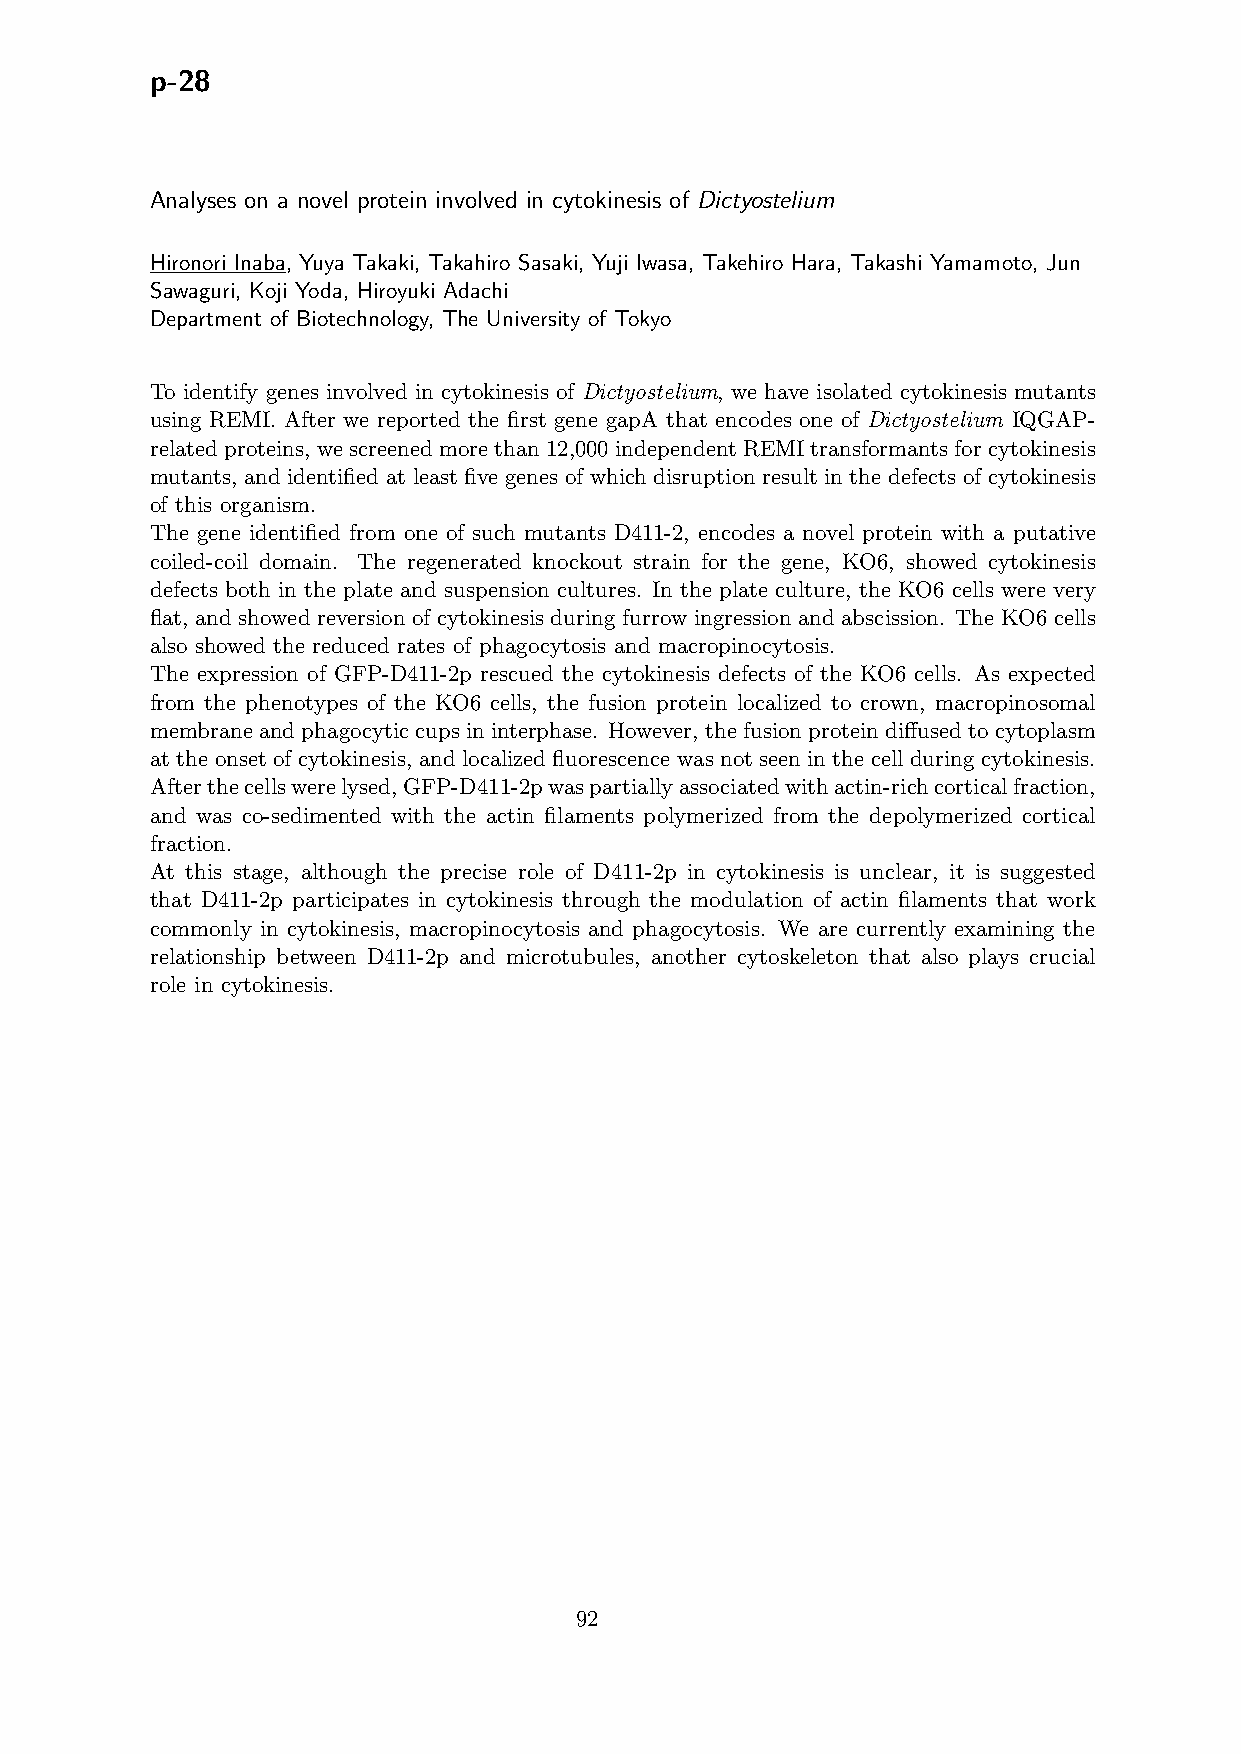
p-28
 Analyses on a novel protein involved in cytokinesis of Dictyostelium
 Hironori Inaba, Yuya Takaki, Takahiro Sasaki, Yuji Iwasa, Takehiro Hara, Takashi Yamamoto, Jun
 Sawaguri, Koji Yoda, Hiroyuki Adachi
 Department of Biotechnology, The University of Tokyo
 To identify genes involved in cytokinesis of Dictyostelium, we have isolated cytokinesis mutants
 using REMI. After we reported the first gene gapA that encodes one of Dictyostelium IQGAP-
 relatedproteins, wescreenedmorethan12,000independentREMItransformantsforcytokinesis
 mutants, and identified at least five genes of which disruption result in the defects of cytokinesis
 of this organism.
 The gene identified from one of such mutants D411-2, encodes a novel protein with a putative
 coiled-coil domain. The regenerated knockout strain for the gene, KO6, showed cytokinesis
 defects both in the plate and suspension cultures. In the plate culture, the KO6 cells were very
 flat, and showed reversion of cytokinesis during furrow ingression and abscission. The KO6 cells
 also showed the reduced rates of phagocytosis and macropinocytosis.
 The expression of GFP-D411-2p rescued the cytokinesis defects of the KO6 cells. As expected
 from the phenotypes of the KO6 cells, the fusion protein localized to crown, macropinosomal
 membraneandphagocyticcupsininterphase. However, thefusionproteindiffusedtocytoplasm
 at the onset of cytokinesis, and localized fluorescence was not seen in the cell during cytokinesis.
 Afterthecellswerelysed,GFP-D411-2pwaspartiallyassociatedwithactin-richcorticalfraction,
 and was co-sedimented with the actin filaments polymerized from the depolymerized cortical
 fraction.
 At this stage, although the precise role of D411-2p in cytokinesis is unclear, it is suggested
 that D411-2p participates in cytokinesis through the modulation of actin filaments that work
 commonly in cytokinesis, macropinocytosis and phagocytosis. We are currently examining the
 relationship between D411-2p and microtubules, another cytoskeleton that also plays crucial
 role in cytokinesis.
 92